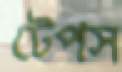
টেপস